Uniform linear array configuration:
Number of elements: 12
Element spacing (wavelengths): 1
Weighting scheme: binomial
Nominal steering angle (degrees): -30
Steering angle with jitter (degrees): -29.983
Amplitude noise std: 0.05
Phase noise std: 0.05

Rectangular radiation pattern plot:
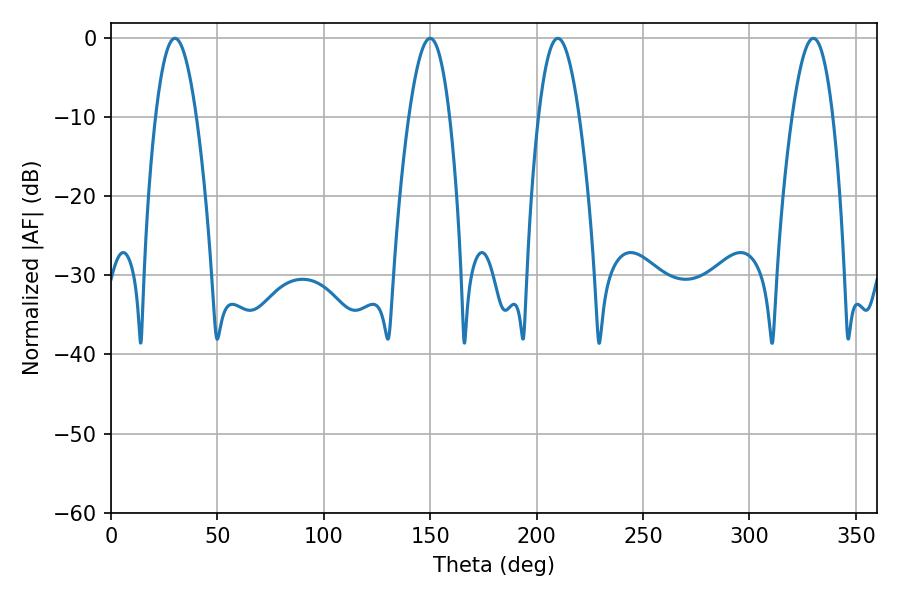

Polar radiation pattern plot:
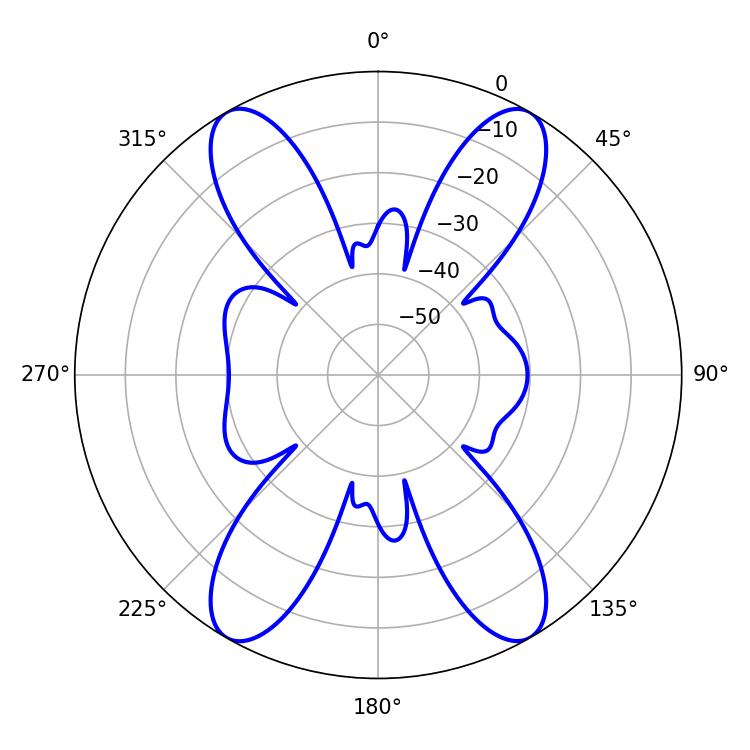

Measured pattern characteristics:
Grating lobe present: TRUE
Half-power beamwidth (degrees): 10.44
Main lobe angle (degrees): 30.06